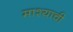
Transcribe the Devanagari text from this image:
माश्याची